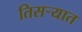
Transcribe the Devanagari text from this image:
तिसर्‍यात